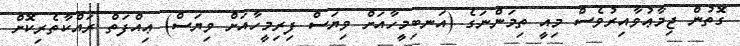
ގޮތުން ޖިމާޢުވާއިރުވެސް މިއީ ތިމަންނަގެ (އަނބިމީހާއަށް ވިޔަސް ފިރިމީހާއަށް ވިޔަސް) ޢިއްފަތް ރައްކާތެރިކޮށް